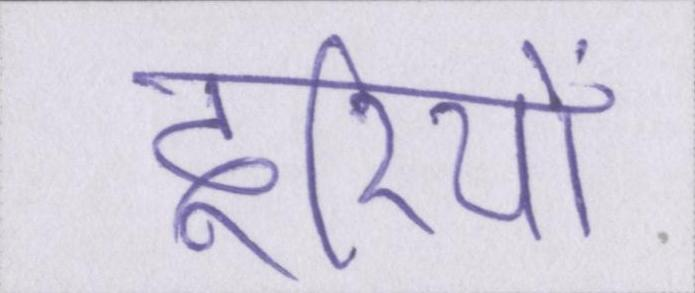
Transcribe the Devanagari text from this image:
दूरियों